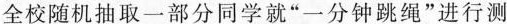
全校随机抽取一部分同学就“一分钟跳绳”进行